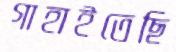
গাহাইতেছি